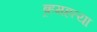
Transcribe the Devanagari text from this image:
ब्र्हमहत्या